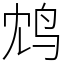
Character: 鸩